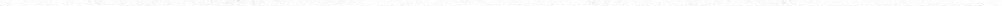
___